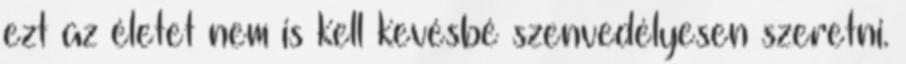
ezt az életet nem is kell kevésbé szenvedélyesen szeretni.